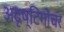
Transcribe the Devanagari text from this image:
अदृष्टिगोचर